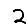
Digit: 2